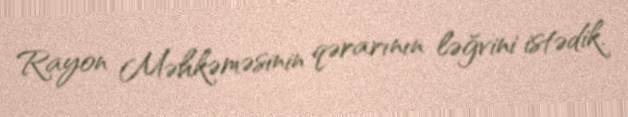
Rayon Məhkəməsinin qərarının ləğvini istədik.